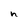
Character: h